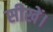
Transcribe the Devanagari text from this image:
सीखें।